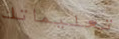
تعليماتك